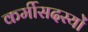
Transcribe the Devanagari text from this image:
कर्मीसदस्यों